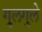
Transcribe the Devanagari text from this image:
गु्लगुले